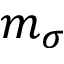
m _ { \sigma }